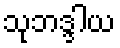
သုဘဒ္ဒါယ